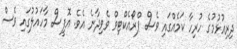
ދިރިއުޅުމުގެ ހުރިހާ ކަމެއްގައި ވެސް ޕްރޯއެކްޓިވް ވެވިދާނެ އެވެ. އޮފީސް މާހައުލުގައި ވެސް